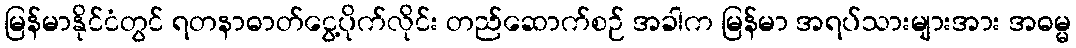
မြန်မာနိုင်ငံတွင် ရတနာဓာတ်ငွေ့ပိုက်လိုင်း တည်ဆောက်စဉ် အခါက မြန်မာ အရပ်သားများအား အဓမ္မ